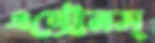
এন্‌ট্রেনস্‌